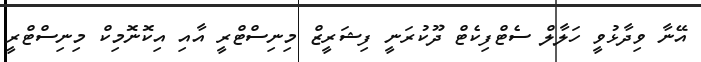
އޭނާ ވިދާޅުވީ ހަލާލް ސެޓްފިކެޓް ދޫކުރަނީ ފިޝަރީޒް މިނިސްޓްރީ އާއި އިކޮނޮމިކް މިނިސްޓްރީ